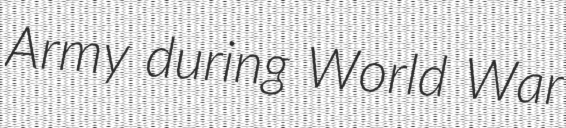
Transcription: Army during World War